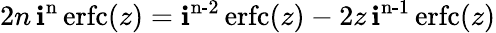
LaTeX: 2n\operatorname{\mathbf{i}^{n}erfc}(z)=\operatorname{\mathbf{i}^{n-2}erfc}(z)-2z\operatorname{\mathbf{i}^{n-1}erfc}(z)